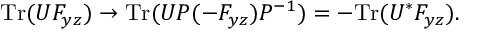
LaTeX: \mathrm { T r } ( U F _ { y z } ) \rightarrow \mathrm { T r } ( U P ( - F _ { y z } ) P ^ { - 1 } ) = - \mathrm { T r } ( U ^ { * } F _ { y z } ) .